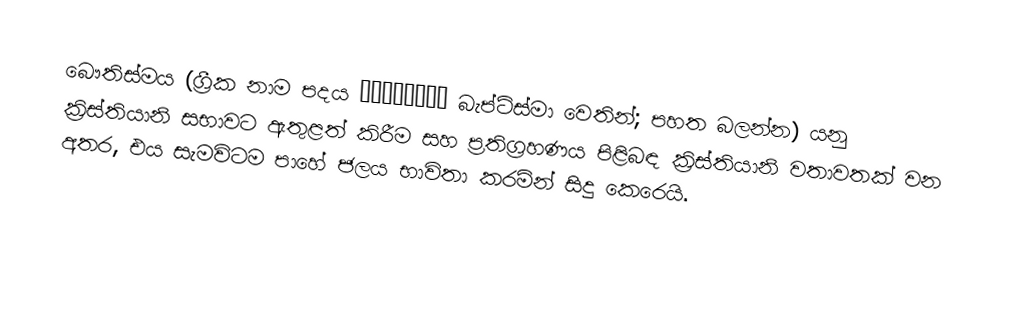
බෞතිස්මය (ග්‍රීක නාම පදය  βάπτισμα බැප්ටිස්මා වෙතින්; පහත බලන්න) යනු  ක්‍රිස්තියානි සභාවට  ඇතුළත් කිරීම සහ ප්‍රතිග්‍රහණය පිළිබඳ ක්‍රිස්තියානි වතාවතක් වන අතර, එය සැමවිටම පාහේ ජලය භාවිතා කරමින් සිදු කෙරෙයි.